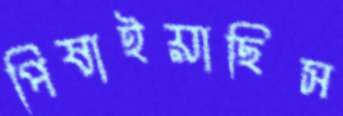
পিষাইয়াছিস